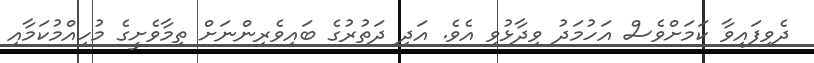
ދެވިފަައިވާ ކަމަށްވެސް އަހުމަދު ވިދާޅުވި އެވެ. އަދި ދަތުރުގެ ބައިވެރިންނަށް ތިމާވެށީގެ މުހިއްމުކަމާއި